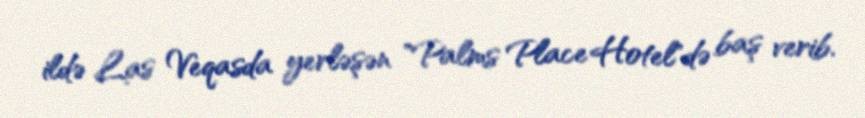
ildə Las Veqasda yerləşən "Palms Place Hotel"də baş verib.